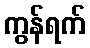
ကွန်ရက်